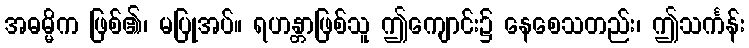
အဓမ္မိက ဖြစ်၏၊ မပြုအပ်။ ရဟန္တာဖြစ်သူ ဤကျောင်း၌ နေစေသတည်း၊ ဤသင်္ကန်း